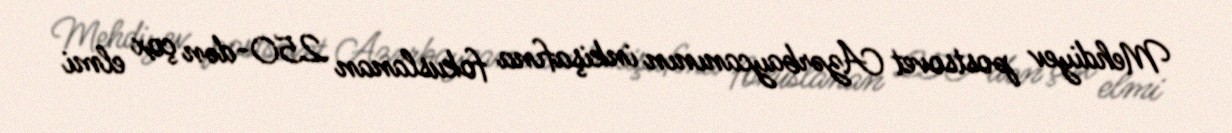
Mehdiyev postsovet Azərbaycanının inkişafına fokuslanan 250-dən çox elmi